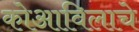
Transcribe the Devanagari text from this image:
कोआविलाचे